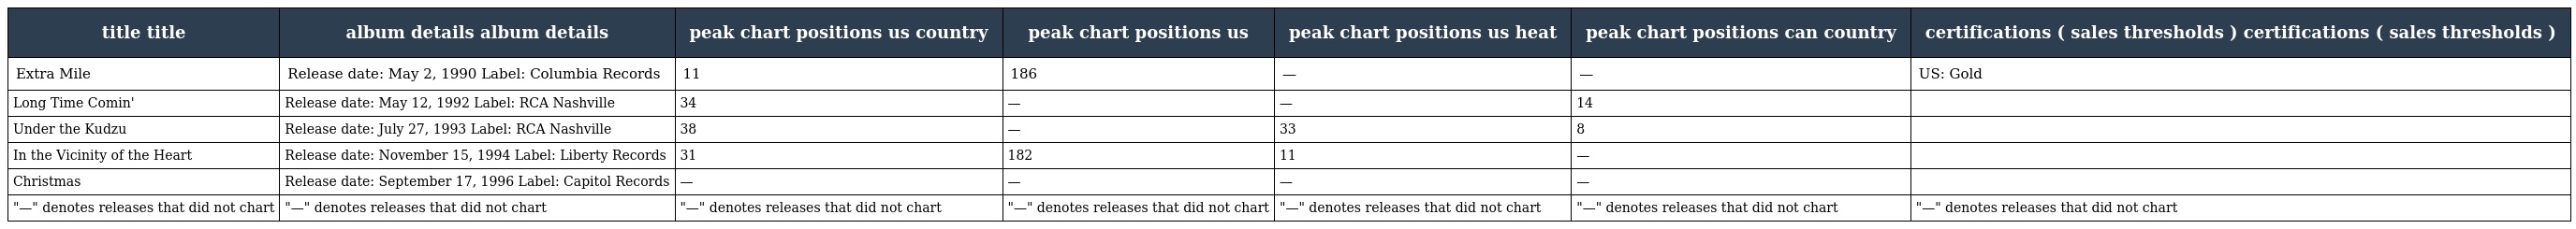
| title title | album details album details | peak chart positions us country | peak chart positions us | peak chart positions us heat | peak chart positions can country | certifications ( sales thresholds ) certifications ( sales thresholds ) |
 | --- | --- | --- | --- | --- | --- | --- |
 | Extra Mile | Release date: May 2, 1990 Label: Columbia Records | 11 | 186 | — | — | US: Gold |
 | Long Time Comin' | Release date: May 12, 1992 Label: RCA Nashville | 34 | — | — | 14 |  |
 | Under the Kudzu | Release date: July 27, 1993 Label: RCA Nashville | 38 | — | 33 | 8 |  |
 | In the Vicinity of the Heart | Release date: November 15, 1994 Label: Liberty Records | 31 | 182 | 11 | — |  |
 | Christmas | Release date: September 17, 1996 Label: Capitol Records | — | — | — | — |  |
 | "—" denotes releases that did not chart | "—" denotes releases that did not chart | "—" denotes releases that did not chart | "—" denotes releases that did not chart | "—" denotes releases that did not chart | "—" denotes releases that did not chart | "—" denotes releases that did not chart |